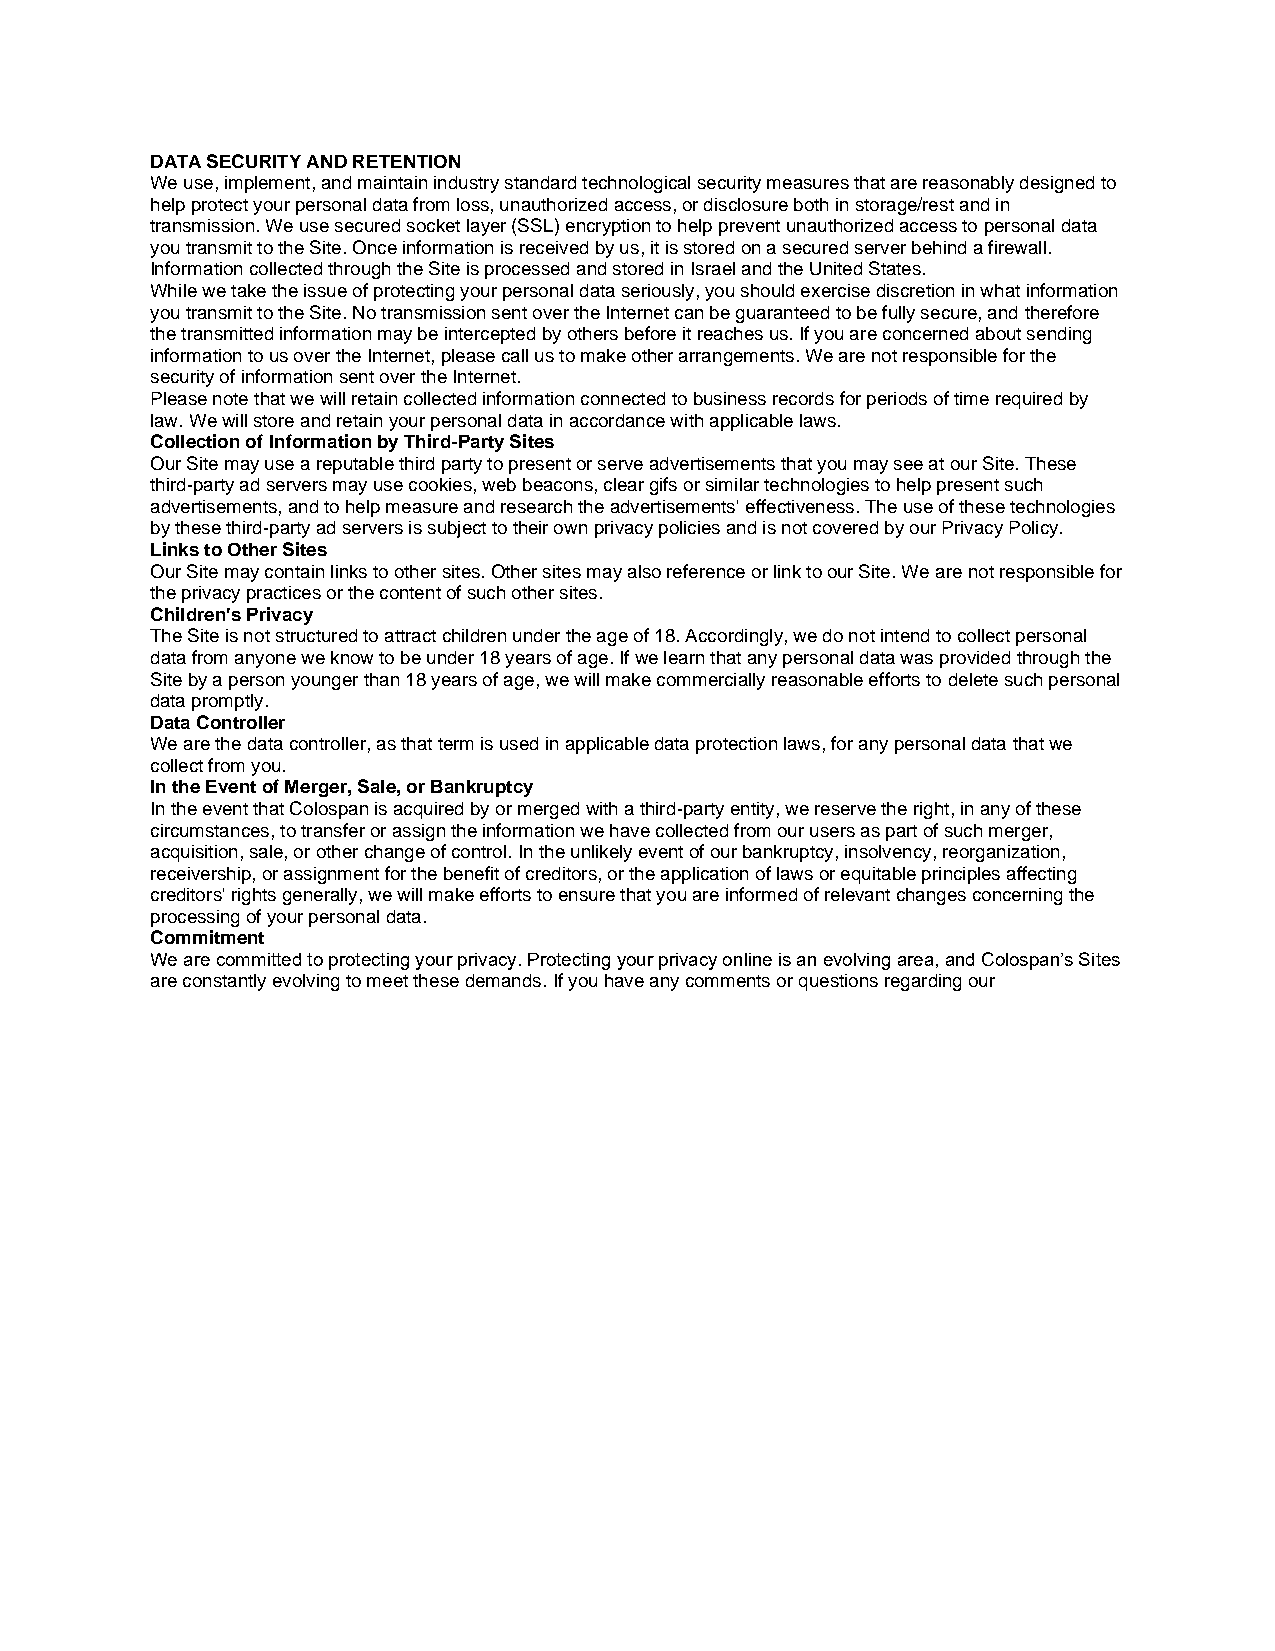
DATA SECURITY AND RETENTION
 We use, implement, and maintain industry standard technological security measures that are reasonably designed to
 help protect your personal data from loss, unauthorized access, or disclosure both in storage/rest and in
 transmission. We use secured socket layer (SSL) encryption to help prevent unauthorized access to personal data
 you transmit to the Site. Once information is received by us, it is stored on a secured server behind a firewall.
 Information collected through the Site is processed and stored in Israel and the United States.
 While we take the issue of protecting your personal data seriously, you should exercise discretion in what information
 you transmit to the Site. No transmission sent over the Internet can be guaranteed to be fully secure, and therefore
 the transmitted information may be intercepted by others before it reaches us. If you are concerned about sending
 information to us over the Internet, please call us to make other arrangements. We are not responsible for the
 security of information sent over the Internet.
 Please note that we will retain collected information connected to business records for periods of time required by
 law. We will store and retain your personal data in accordance with applicable laws.
 Collection of Information by Third-Party Sites
 Our Site may use a reputable third party to present or serve advertisements that you may see at our Site. These
 third-party ad servers may use cookies, web beacons, clear gifs or similar technologies to help present such
 advertisements, and to help measure and research the advertisements' effectiveness. The use of these technologies
 by these third-party ad servers is subject to their own privacy policies and is not covered by our Privacy Policy.
 Links to Other Sites
 Our Site may contain links to other sites. Other sites may also reference or link to our Site. We are not responsible for
 the privacy practices or the content of such other sites.
 Children's Privacy
 The Site is not structured to attract children under the age of 18. Accordingly, we do not intend to collect personal
 data from anyone we know to be under 18 years of age. If we learn that any personal data was provided through the
 Site by a person younger than 18 years of age, we will make commercially reasonable efforts to delete such personal
 data promptly.
 Data Controller
 We are the data controller, as that term is used in applicable data protection laws, for any personal data that we
 collect from you.
 In the Event of Merger, Sale, or Bankruptcy
 In the event that Colospan is acquired by or merged with a third-party entity, we reserve the right, in any of these
 circumstances, to transfer or assign the information we have collected from our users as part of such merger,
 acquisition, sale, or other change of control. In the unlikely event of our bankruptcy, insolvency, reorganization,
 receivership, or assignment for the benefit of creditors, or the application of laws or equitable principles affecting
 creditors' rights generally, we will make efforts to ensure that you are informed of relevant changes concerning the
 processing of your personal data.
 Commitment
 We are committed to protecting your privacy. Protecting your privacy online is an evolving area, and Colospan’s Sites
 are constantly evolving to meet these demands. If you have any comments or questions regarding our